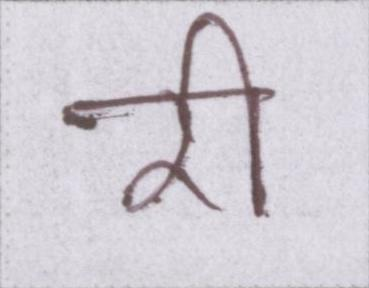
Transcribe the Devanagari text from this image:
री